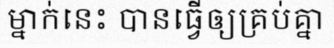
ម្នាក់នេះ បានធ្វើឲ្យគ្រប់គ្នា